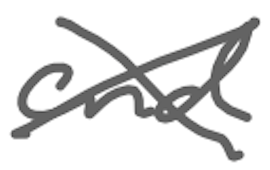
Text: and
Cross-out: cross
Writing tool: digital_gray